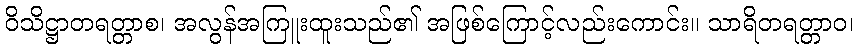
ဝိသိဋ္ဌာတရတ္တာစ၊ အလွန်အကြူးထူးသည်၏ အဖြစ်ကြောင့်လည်းကောင်း။ သာရိတရတ္တာဝ၊